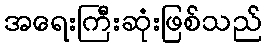
အရေးကြီးဆုံးဖြစ်သည်